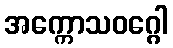
အက္ကောသဝဂ္ဂေါ